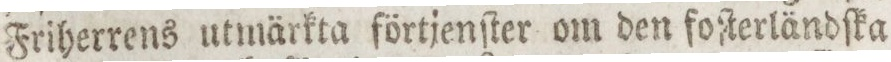
Friherrens utmärkta förtjenſter om den foſterländſka